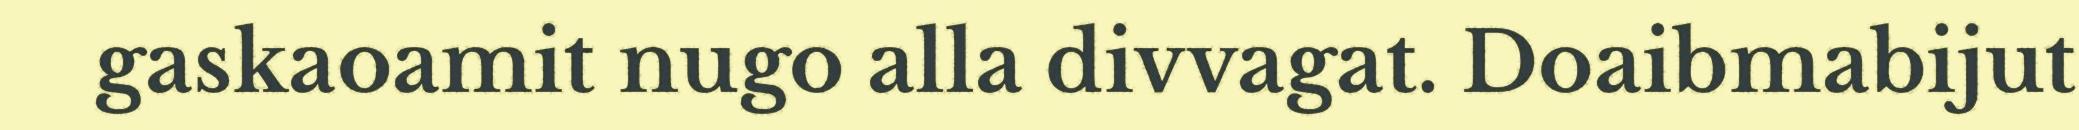
gaskaoamit nugo alla divvagat. Doaibmabijut